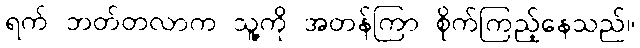
ရက် ဘတ်တလာက သူ့ကို အတန်ကြာ စိုက်ကြည့်နေသည်။